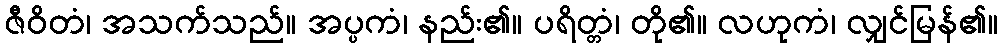
ဇီဝိတံ၊ အသက်သည်။ အပ္ပကံ၊ နည်း၏။ ပရိတ္တံ၊ တို၏။ လဟုကံ၊ လျှင်မြန်၏။